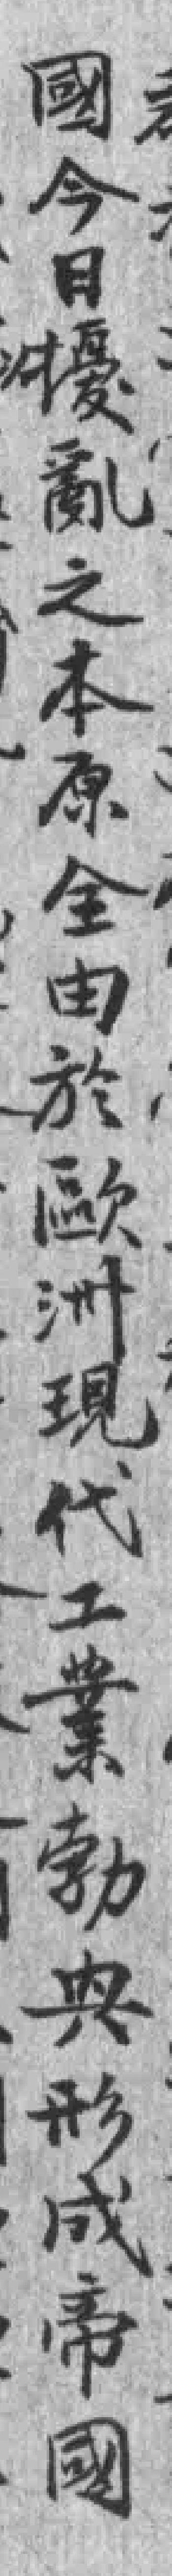
國今日擾亂之本原全由於歐洲現代工業勃興形成帝國